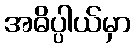
အဓိပ္ပါယ်မှာ